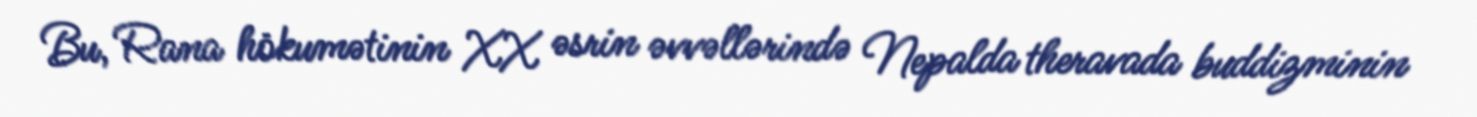
Bu, Rana hökumətinin XX əsrin əvvəllərində Nepalda theravada buddizminin